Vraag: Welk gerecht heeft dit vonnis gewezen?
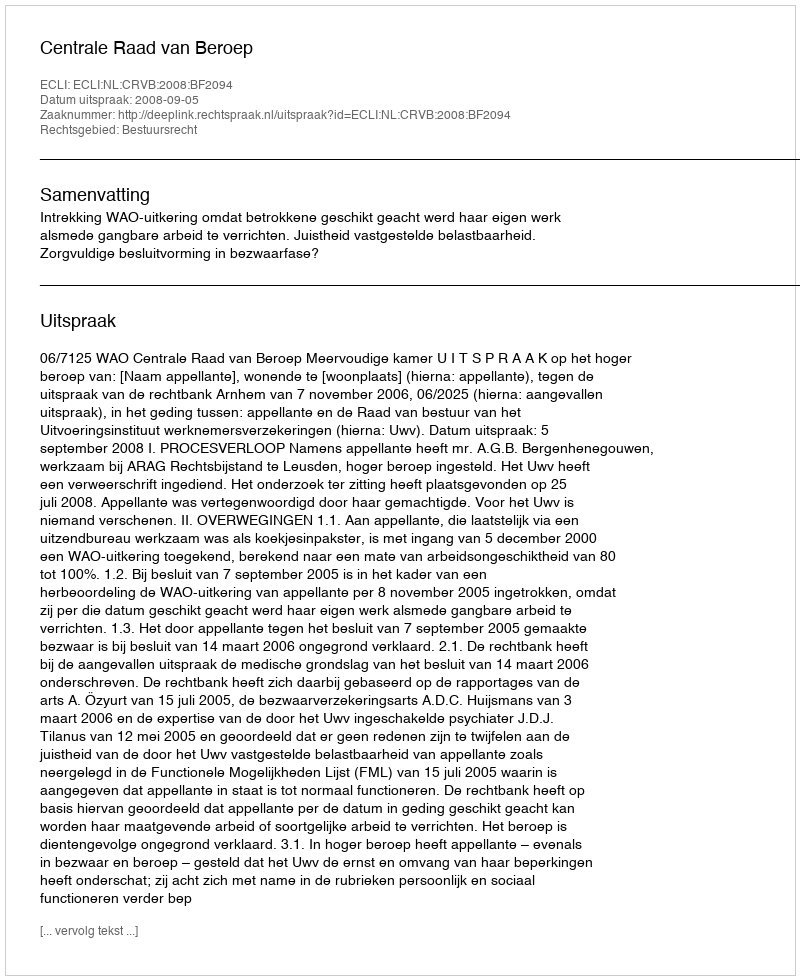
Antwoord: Centrale Raad van Beroep